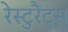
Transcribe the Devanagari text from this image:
रेस्टुरैंट्स